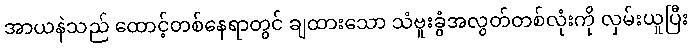
အာယနဲသည် ထောင့်တစ်နေရာတွင် ချထားသော သံဗူးခွံအလွတ်တစ်လုံးကို လှမ်းယူပြီး